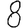
Digit: 8